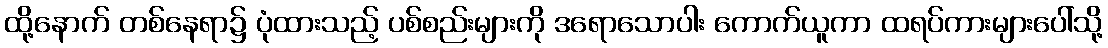
ထို့နောက် တစ်နေရာ၌ ပုံထားသည့် ပစ်စည်းများကို ဒရောသောပါး ကောက်ယူကာ ထရပ်ကားများပေါ်သို့